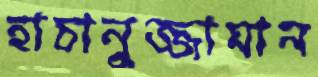
হাচানুজ্জামান